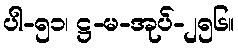
ပါ-၅၁၊ ဋ္ဌ-မ-အုပ်-၂၅၆။